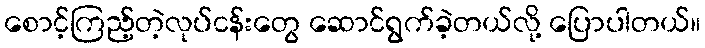
စောင့်ကြည့်တဲ့လုပ်ငန်းတွေ ဆောင်ရွက်ခဲ့တယ်လို့ ပြောပါတယ်။